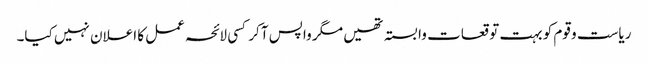
ریاست و قوم کو بہت توقعات وابستہ تھیں مگر واپس آ کر کسی لائحہ عمل کا اعلان نہیں کیا۔